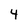
Character: 4